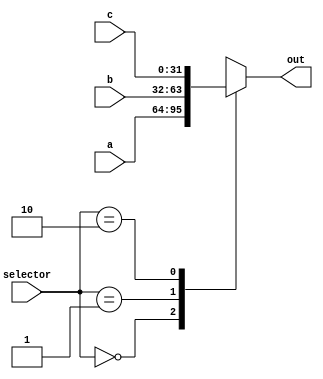
module mux_3x1 
	(
		input [31:0] a, b, c,
		input [1:0] selector,
		output reg [31:0] out
		);

	always @(*)
	  case(selector)
	  	2'b00: out=a;
	  	2'b01: out=b;
	  	2'b10: out=c;
	  	default: out=32'bxxxxxxxx;
	  endcase	

endmodule